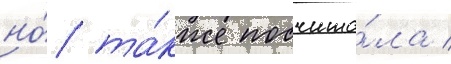
но́ та́кже посчита́ла /